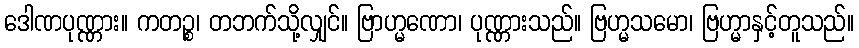
ဒေါဏပုဏ္ဏား။ ကတဉ္စ၊ တဘက်သို့လျှင်။ ဗြာဟ္မဏော၊ ပုဏ္ဏားသည်။ ဗြဟ္မသမော၊ ဗြဟ္မာနှင့်တူသည်။